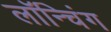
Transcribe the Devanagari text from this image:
लाॅन्चिंग